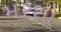
મરશો